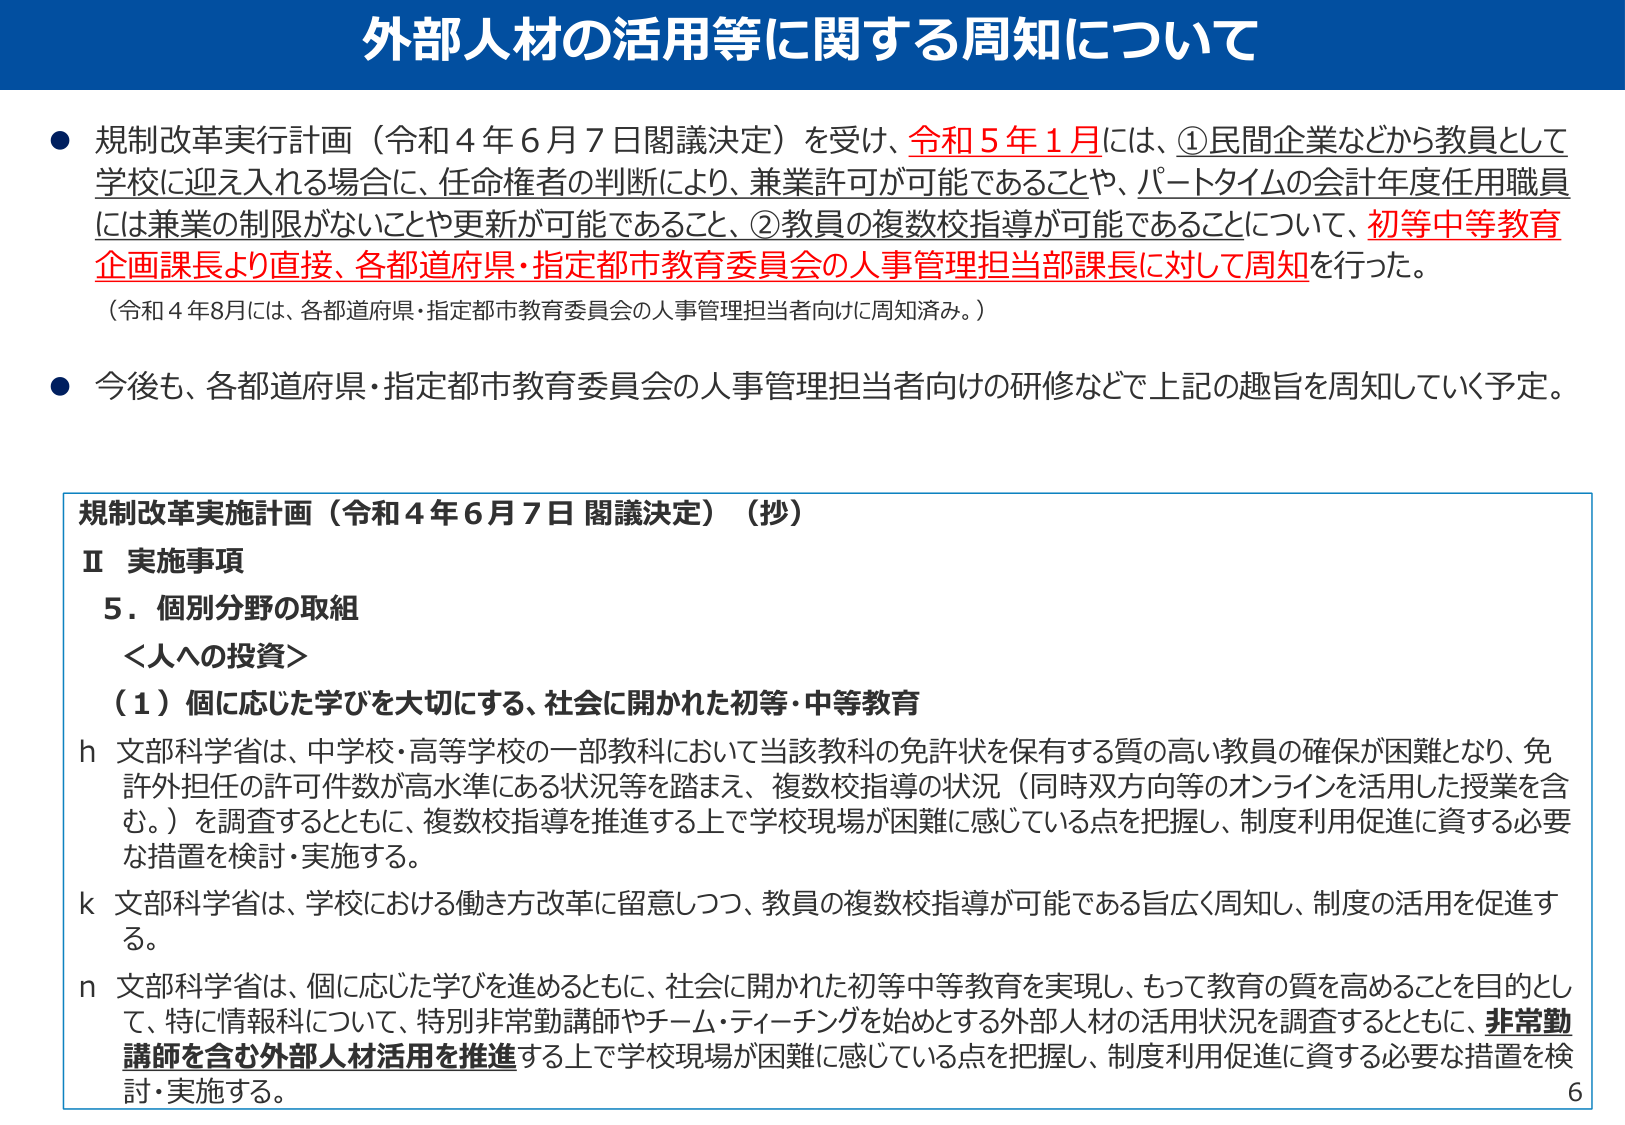
外部人材の活用等に関する周知について

● 規制改革実行計画（令和４年６月７日閣議決定）を受け、令和５年１月には、①民間企業などから教員として学校に迎え入れる場合に、任命権者の判断により、兼業許可が可能であることや、パートタイムの会計年度任用職員には兼業の制限がないことや更新が可能であること、②教員の複数校指導が可能であることについて、初等中等教育企画課長より直接、各都道府県・指定都市教育委員会の人事管理担当部課長に対して周知を行った。
（令和４年８月には、各都道府県・指定都市教育委員会の人事管理担当者向けに周知済み。）

● 今後も、各都道府県・指定都市教育委員会の人事管理担当者向けの研修などで上記の趣旨を周知していく予定。

規制改革実施計画（令和４年６月７日 閣議決定）（抄）
Ⅱ 実施事項
５．個別分野の取組
　＜人への投資＞
　（１）個に応じた学びを大切にする、社会に開かれた初等・中等教育
　ｈ 文部科学省は、中学校・高等学校の一部教科において当該教科の免許状を保有する質の高い教員の確保が困難となり、免許外担任の許可件数が高水準にある状況等を踏まえ、複数校指導の状況（同時双方向等のオンラインを活用した授業を含む。）を調査するとともに、複数校指導を推進する上で学校現場が困難に感じている点を把握し、制度利用促進に資する必要な措置を検討・実施する。
　ｋ 文部科学省は、学校における働き方改革に留意しつつ、教員の複数校指導が可能である旨広く周知し、制度の活用を促進する。
　ｎ 文部科学省は、個に応じた学びを進めるとともに、社会に開かれた初等中等教育を実現し、もって教育の質を高めることを目的として、特に情報科について、特別非常勤講師やチーム・ティーチングを始めとする外部人材の活用状況を調査するとともに、非常勤講師を含む外部人材活用を推進する上で学校現場が困難に感じている点を把握し、制度利用促進に資する必要な措置を検討・実施する。

6